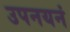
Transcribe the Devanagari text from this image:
उपनयनं